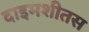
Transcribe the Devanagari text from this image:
दाइमशीतस